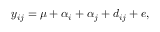
y _ { i j } = \mu + \alpha _ { i } + \alpha _ { j } + d _ { i j } + e ,